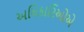
અધિકારિઓએ